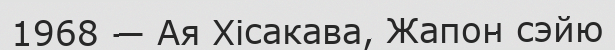
1968 — Ая Хісакава, Жапон сэйю